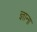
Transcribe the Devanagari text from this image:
ज्ञाना